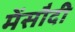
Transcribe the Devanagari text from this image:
मेंसौदी